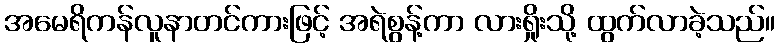
အမေရိကန်လူနာတင်ကားဖြင့် အရဲစွန့်ကာ လားရှိုးသို့ ထွက်လာခဲ့သည်။